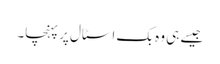
جیسے ہی وہ بک اسٹال پر پہنچا۔